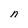
Character: n